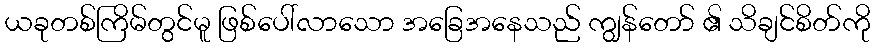
ယခုတစ်ကြိမ်တွင်မူ ဖြစ်ပေါ်လာသော အခြေအနေသည် ကျွန်တော် ၏ သိချင်စိတ်ကို